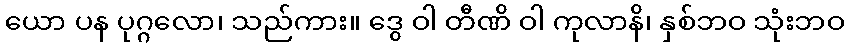
ယော ပန ပုဂ္ဂလော၊ သည်ကား။ ဒွေ ဝါ တီဏိ ဝါ ကုလာနိ၊ နှစ်ဘဝ သုံးဘဝ